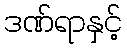
ဒဏ်ရာနှင့်